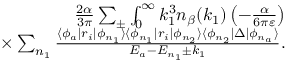
\begin{array} { r } { \frac { 2 \alpha } { 3 \pi } \sum _ { \pm } \int _ { 0 } ^ { \infty } k _ { 1 } ^ { 3 } n _ { \beta } ( k _ { 1 } ) \left( - \frac { \alpha } { 6 \pi \varepsilon } \right) } \\ { \times \sum _ { n _ { 1 } } \frac { \langle \phi _ { a } | r _ { i } | \phi _ { n _ { 1 } } \rangle \langle \phi _ { n _ { 1 } } | r _ { i } | \phi _ { n _ { 2 } } \rangle \langle \phi _ { n _ { 2 } } | \Delta | \phi _ { n _ { a } } \rangle } { E _ { a } - E _ { n _ { 1 } } \pm k _ { 1 } } . } \end{array}